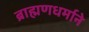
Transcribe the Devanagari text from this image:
ब्राह्मणधर्माने